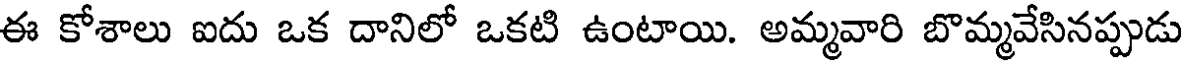
ఈ కోశాలు ఐదు ఒక దానిలో ఒకటి ఉంటాయి. అమ్మవారి బొమ్మవేసినప్పుడు